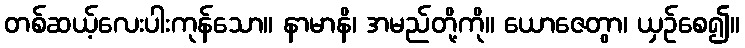
တစ်ဆယ့်လေးပါးကုန်သော။ နာမာနိ၊ အမည်တို့ကို။ ယောဇေတွာ၊ ယှဉ်စေ၍။